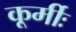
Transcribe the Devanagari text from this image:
कूर्मीः